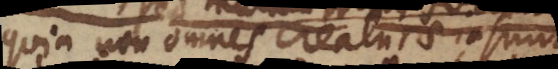
quia non omnes creaturae insunt